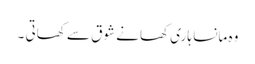
وہ مانسا ہاری کھانے شوق سے کھاتی ۔